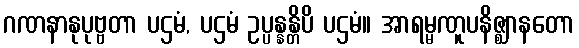
ဂဏနာနုပုဗ္ဗတာ ပဌမံ, ပဌမံ ဥပ္ပန္နန္တိပိ ပဌမံ။ အာရမ္မဏူပနိဇ္ဈာနတော